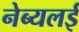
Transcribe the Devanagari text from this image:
नेब्यलई